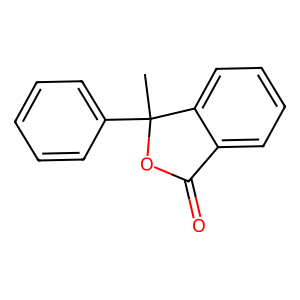
SMILES: CC1(c2ccccc2)OC(=O)c2ccccc21
Inhibits HIV replication: No